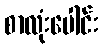
စာလုံးပေါင်း